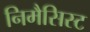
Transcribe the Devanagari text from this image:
निमैसिस्ट